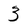
Character: 3